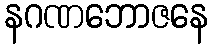
နဂဏဘောဇနေ